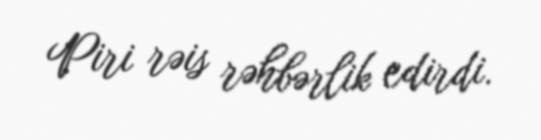
Piri rəis rəhbərlik edirdi.